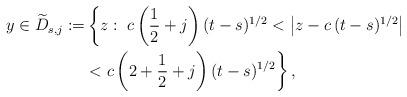
LaTeX: \begin{align*}y\in \widetilde{D}_{s,j}:=&\left\{z:\; c\left( \frac{1}{2}+j\right) (t-s)^{1/2}<\left\vert _{\!_{\!_{\,}}}z-c\,(t-s)^{1/2}\right\vert\right.\\&\left.<c\left( 2+\frac{1}{2}+j\right)(t-s)^{1/2}\right\},\end{align*}